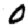
Digit: 0